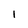
Character: l